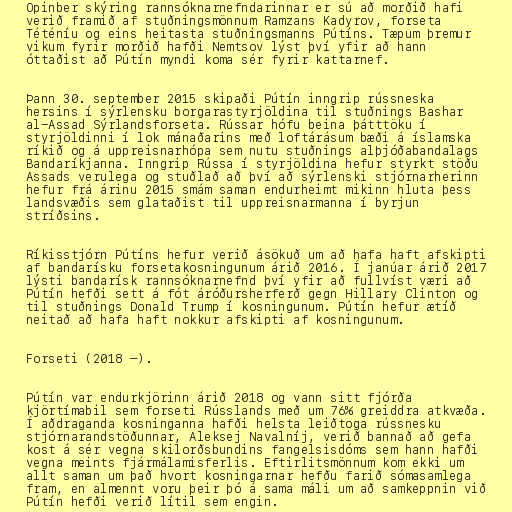
Opinber skýring rannsóknarnefndarinnar er sú að morðið hafi
verið framið af stuðningsmönnum Ramzans Kadyrov, forseta
Téténíu og eins heitasta stuðningsmanns Pútíns. Tæpum þremur
vikum fyrir morðið hafði Nemtsov lýst því yfir að hann
óttaðist að Pútín myndi koma sér fyrir kattarnef.

Þann 30. september 2015 skipaði Pútín inngrip rússneska
hersins í sýrlensku borgarastyrjöldina til stuðnings Bashar
al-Assad Sýrlandsforseta. Rússar hófu beina þátttöku í
styrjöldinni í lok mánaðarins með loftárásum bæði á íslamska
ríkið og á uppreisnarhópa sem nutu stuðnings alþjóðabandalags
Bandaríkjanna. Inngrip Rússa í styrjöldina hefur styrkt stöðu
Assads verulega og stuðlað að því að sýrlenski stjórnarherinn
hefur frá árinu 2015 smám saman endurheimt mikinn hluta þess
landsvæðis sem glataðist til uppreisnarmanna í byrjun
stríðsins.

Ríkisstjórn Pútíns hefur verið ásökuð um að hafa haft afskipti
af bandarísku forsetakosningunum árið 2016. Í janúar árið 2017
lýsti bandarísk rannsóknarnefnd því yfir að fullvíst væri að
Pútín hefði sett á fót áróðursherferð gegn Hillary Clinton og
til stuðnings Donald Trump í kosningunum. Pútín hefur ætíð
neitað að hafa haft nokkur afskipti af kosningunum.

Forseti (2018 –).

Pútín var endurkjörinn árið 2018 og vann sitt fjórða
kjörtímabil sem forseti Rússlands með um 76% greiddra atkvæða.
Í aðdraganda kosninganna hafði helsta leiðtoga rússnesku
stjórnarandstöðunnar, Aleksej Navalníj, verið bannað að gefa
kost á sér vegna skil­orðsbund­ins fang­els­is­dóms sem hann hafði
vegna meints fjár­mála­m­is­ferl­is. Eftirlitsmönnum kom ekki um
allt saman um það hvort kosningarnar hefðu farið sómasamlega
fram, en almennt voru þeir þó á sama máli um að samkeppnin við
Pútín hefði verið lítil sem engin.